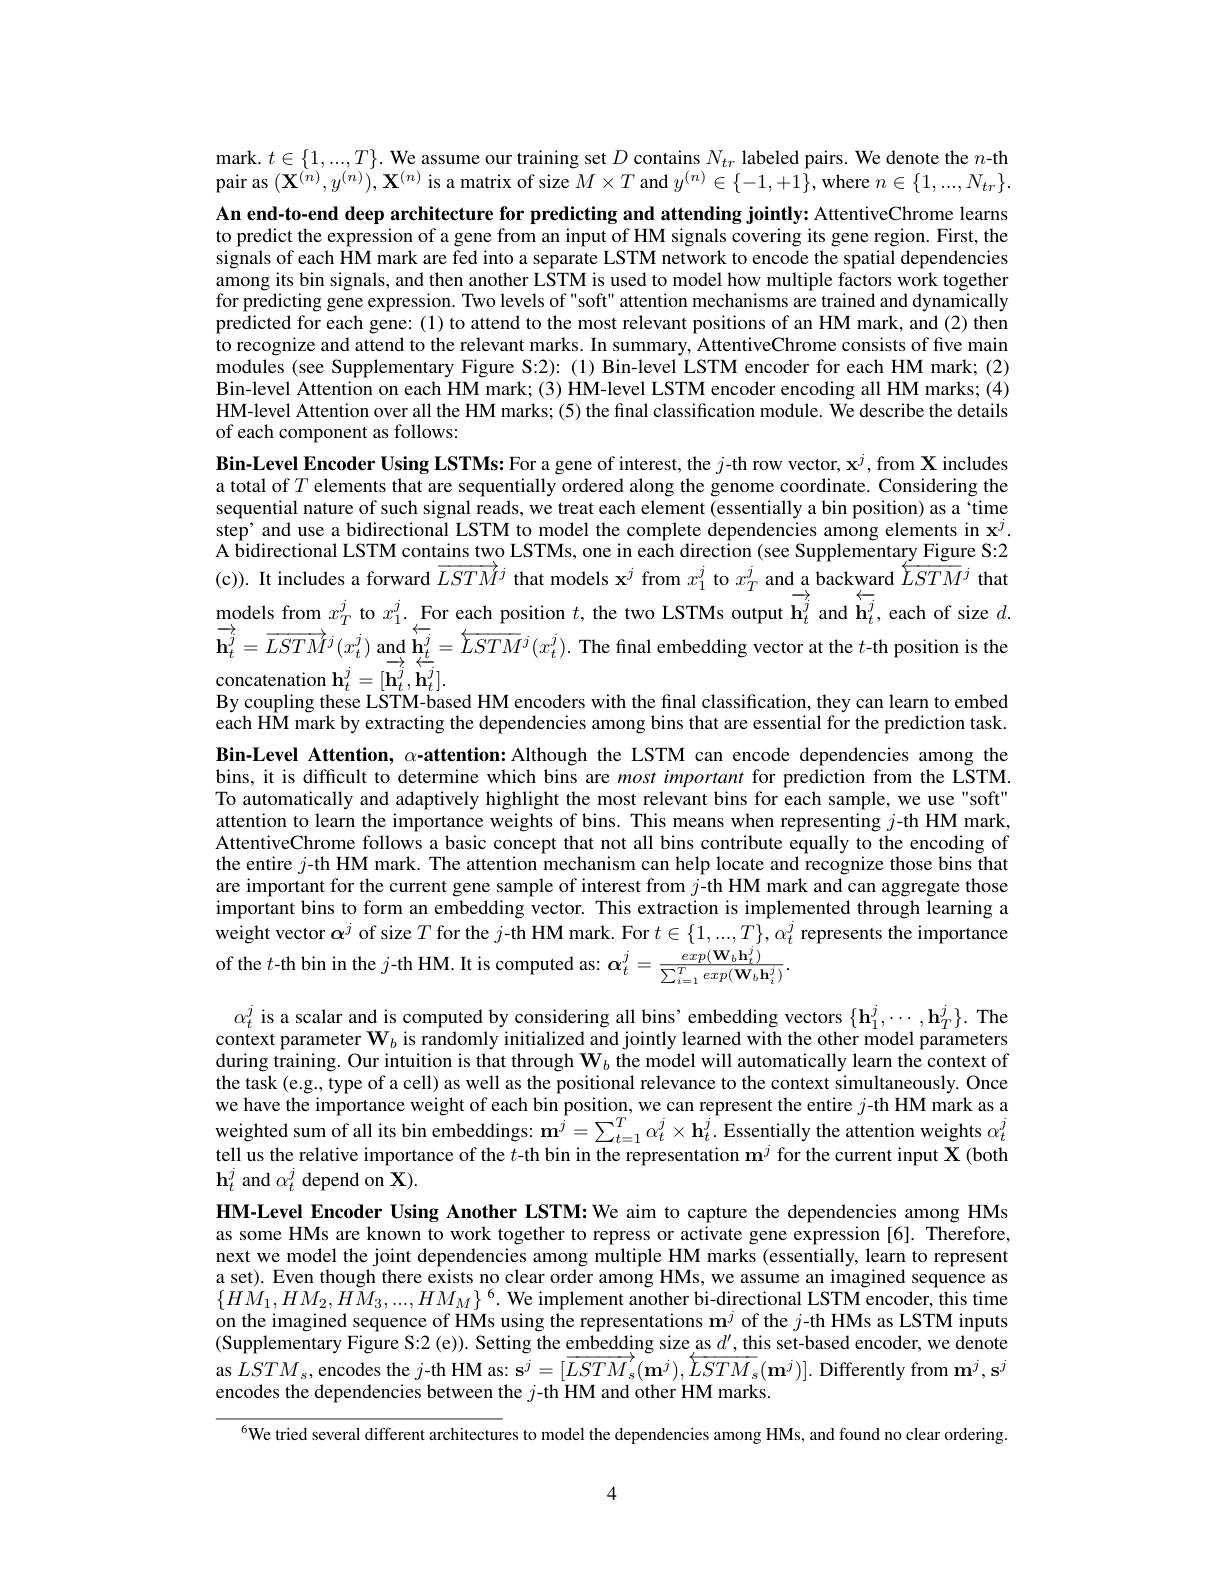
mark. $t\in\{1,...,T\}.$ We assume our training set $D$ contains $N_{tr}$ labeled pairs. We denote the $n$-th pair as $(\mathbf{X}^{(n)},y^{(n)}),\mathbf{X}^{(n)}$ is a matrix of size $M\times T$ and $y^(n)\in\{-1,+1\}$,where $n\in\{1,...,N_{tr}\}.$

An end-to-end deep architecture for predicting and attending jointly: AttentiveChrome learns to predict the expression of a gene from an input of HM signals covering its gene region. First, the signals of each HM mark are fed into a separate LSTM network to encode the spatial dependencies among its bin signals, and then another LSTM is used to model how multiple factors work together for predicting gene expression. Two levels of "soft" attention mechanisms are trained and dynamically predicted for each gene: (1) to attend to the most relevant positions of an HM mark, and (2) then to recognize and attend to the relevant marks. In summary, AttentiveChrome consists of five main modules (see Supplementary Figure S:2): (1) Bin-level LSTM encoder for each HM mark; (2) Bin-level Attention on each HM mark; (3) HM-level LSTM encoder encoding all HM marks; (4) HM-level Attention over all the HM marks; (5) the final classification module. We describe the details of each component as follows:

Bin-Level Encoder Using LSTMs: For a gene of interest, the $j$-th row vector, $\mathbf{x}^j$, from $\mathbf{X}$ includes a total of $T$ elements that are sequentially ordered along the genome coordinate. Considering the sequential nature of such signal reads, we treat each element (essentially a bin position) as a `time step'and use a bidirectional LSTM to model the complete dependencies among elements in $\mathbf{x}^j.$ A bidirectional LSTM contains two LSTMs, one in each direction (see Supplementary Figure S:2 (c)). It includes a forward $\overrightarrow{LSTM}^j$ that models $\mathbf{x}^j$ from $x_1^j$ to $x_T^j$ and a backward $\overleftrightarrow{LSTM}^j$ that models from $x_T^j$ to $x_1^j.$ For each position $t$, the two LSTMs output h$_t^j$ and $\overset{\cdot}{\operatorname*{h}}_t^j$, each of size $d.$ $\overrightarrow{\mathbf{h} } _{t}^{j}= \overline {LSTM}^{j}( x_{t}^{j})$ and $\overleftarrow{\mathbf{h} } _{t}^{j}= \overleftarrow {LSTM}^{j}( x_{t}^{j}) .$ The final embedding vector at the $t$- th position is the $\text{concatenation h}_{t}^{j}=[\mathbf{h}_{t}^{j},\mathbf{h}_{t}^{j}].$ By coupling these LSTM-based HM encoders with the final classification, they can learn to embed each HM mark by extracting the dependencies among bins that are essential for the prediction task. Bin-Level Attention, $\alpha$-attention: Although the LSTM can encode dependencies among the bins, it is difficult to determine which bins are most important for prediction from the LSTM To automatically and adaptively highlight the most relevant bins for each sample, we use "soft" attention to learn the importance weights of bins. This means when representing $j$-th HM mark AttentiveChrome follows a basic concept that not all bins contribute equally to the encoding of the entire $j$-th HM mark. The attention mechanism can help locate and recognize those bins that are important for the current gene sample of interest from $j$-th HM mark and can aggregate those important bins to form an embedding vector. This extraction is implemented through learning a weight vector $\alpha^j$ of size $T$ for the $j$-th HM mark. For $t\in\{1,...,T\},\alpha_t^j$ represents the importance ${\mathrm{of~the~}t\text{-th bin in the }j\text{-th HM. It is computed as: }}\boldsymbol{\alpha}_{t}^{j}=\frac{exp(\mathbf{W}_{b}\mathbf{h}_{t}^{j})}{\sum_{i=1}^{T}exp(\mathbf{W}_{b}\mathbf{h}_{i}^{j})}.$
$\alpha_t^j$ is a scalar and is computed by considering all bins' embedding vectors $\{\mathbf{h}_1^j,\cdots,\mathbf{h}_T^j\}.$ The context parameter $\mathbf{W}_b$ is randomly initialized and jointly learned with the other model parameters $\hat{\text{during training. Our intuition is that through }\mathbf{W}_b\dot{\text{the model will automatically learn the context of}}}$ the task (e.g., type of a cell) as well as the positional relevance to the context simultaneously. Once we have the importance weight of each bin position, we can represent the entire $j$-th HM mark as a weighted sum of all its bin embeddings: $\mathbf{m}^j=\sum_{t=1}^T\alpha_t^j\times\mathbf{h}_t^j.$ Essentially the attention weights $\alpha_t^j$ tell us the relative importance of the $t$-th bin in the representation m$^{j}$ for the current input $\mathbf{X}$ (both $\mathbf{h}_{t}^{j}$ and $\alpha_t^j$ depend on X).
HM-Level Encoder Using Another LSTM: We aim to capture the dependencies among HMs as some HMs are known to work together to repress or activate gene expression [6]. Therefore, next we model the joint dependencies among multiple HM marks (essentially, learn to represent a set). Even though there exists no clear order among HMs, we assume an imagined sequence as $\{HM_{1},HM_{2},H\tilde{M}_{3},...,HM_{M}\}^{6}.$ We implement another bi-directional LSTM encoder, this time on the imagined sequence of HMs using the representations $\mathbf{m}^j$ of the $j$-th HMs as LSTM inputs (Supplementary Figure S:2 (e)). Setting the embedding size as $d^\prime$, this set-based encoder, we denote as $LSTM_{s}$,encodes the $j\text{-th HM as: s}^{j}=[\overline{LSTM_{s}}(\mathbf{m}^{j}),\overline{LSTM_{s}}(\mathbf{m}^{j})].$ Differently from m$^j,\mathbf{s}^j$ encodes the dependencies between the $j$-th HM and other HM marks

$^{6}$We tried several different architectures to model the dependencies among HMs, and found no clear ordering

4